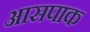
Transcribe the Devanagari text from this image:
आसपाक